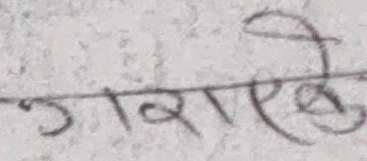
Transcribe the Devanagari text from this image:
गराएको